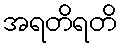
အရတိရတိ